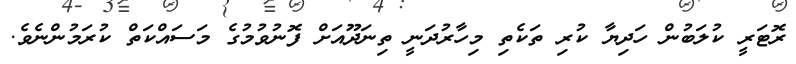
ރޮޓަރީ ކުލަބުން ހަދިޔާ ކުރި ތަކެތި މިހާރުދަނީ ތިނަދޫއަށް ފޮނުވުމުގެ މަސައްކަތް ކުރަމުންނެވެ.